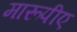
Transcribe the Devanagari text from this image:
मारूपीए